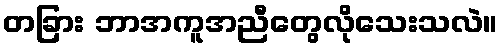
တခြား ဘာအကူအညီတွေလိုသေးသလဲ။